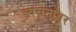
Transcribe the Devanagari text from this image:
व्यसनांवर